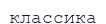
классика